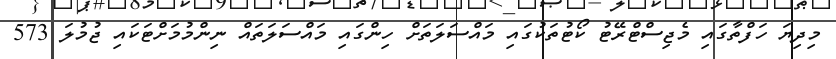
މިދިޔަ ހަފްތާގައި މެޖިސްޓްރޭޓު ކޯޓުތަކުގައި މައްސަލަތަށް ހިންގައި މައްސަލަތައް ނިންމުމަށްޓަކައި ޖުމުލަ 573